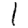
Digit: 1